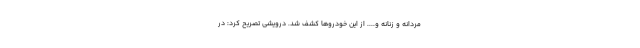
مردانه و زنانه و.... از این خودروها کشف شد. درویشی تصریح کرد: در